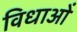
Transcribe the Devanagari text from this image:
विधाओं